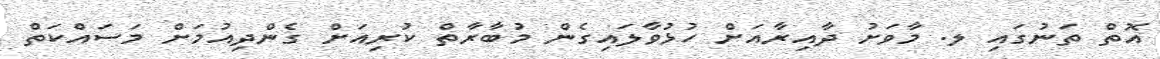
އޮތް ތަނުގައި ލ. މާވަށު ދާއިރާއަށް ހުޅުވާލައިގެން މުބާރާތް ކުރިއަށް ގެންދިއުމަށް މަސައްކަތް